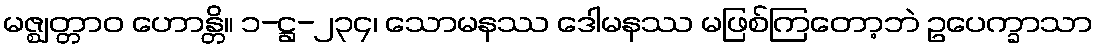
မဇ္ဈတ္တာဝ ဟောန္တိ။ ၁-ဋ္ဌ-၂၃၄၊ သောမနဿ ဒေါမနဿ မဖြစ်ကြတော့ဘဲ ဥပေက္ခာသာ